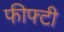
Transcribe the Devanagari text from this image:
फीफ्टी